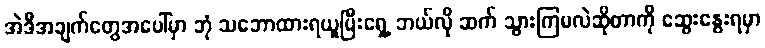
အဲဒီအချက်တွေအပေါ်မှာ ဘုံ သဘောထားရယူပြီးရှေ့ ဘယ်လို ဆက် သွားကြမလဲဆိုတာကို ဆွေးနွေးရမှာ